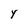
Character: Y